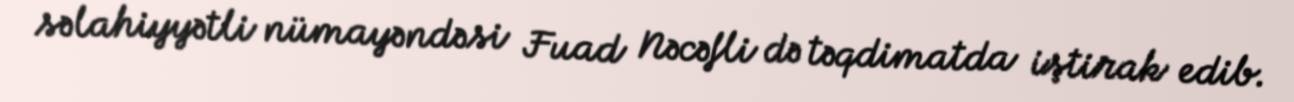
səlahiyyətli nümayəndəsi Fuad Nəcəfli də təqdimatda iştirak edib.